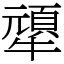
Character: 㹕